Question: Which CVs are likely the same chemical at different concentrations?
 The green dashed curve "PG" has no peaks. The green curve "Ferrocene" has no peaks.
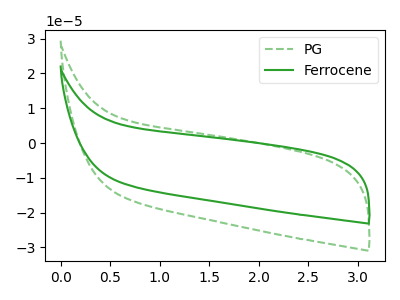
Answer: <think>Neither "PG" or "Ferrocene" have any peaks.
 </think>
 <answer>"Ferrocene" and "PG" have the same shape and are likely CV's of the same chemical.</answer>
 <eval>"Ferrocene" "PG"</eval>